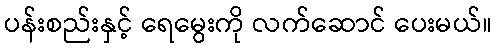
ပန်းစည်းနှင့် ရေမွေးကို လက်ဆောင် ပေးမယ်။